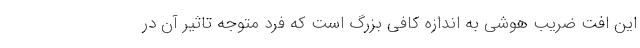
این افت ضریب هوشی به اندازه کافی بزرگ است که فرد متوجه تاثیر آن در